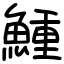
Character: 䱰